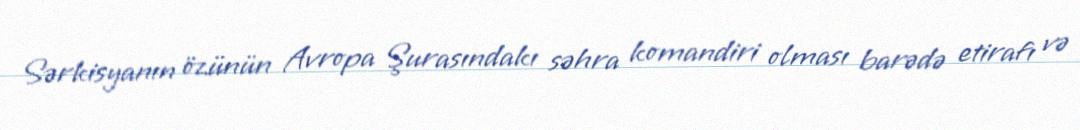
Sərkisyanın özünün Avropa Şurasındakı səhra komandiri olması barədə etirafı və